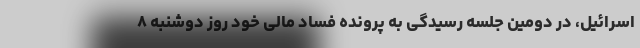
اسرائیل، در دومین جلسه رسیدگی به پرونده فساد مالی خود روز دوشنبه ۸